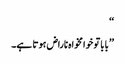
‘‘
’’بابا تو خوامخواہ ناراض ہوتا ہے۔